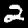
Digit: 2